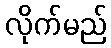
လိုက်မည်